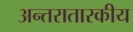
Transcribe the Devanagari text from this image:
अन्तरातारकीय